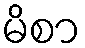
မိစာ